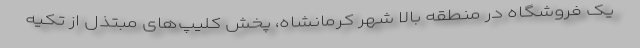
یک فروشگاه در منطقه بالا شهر کرمانشاه، پخش کلیپ‌های مبتذل از تکیه